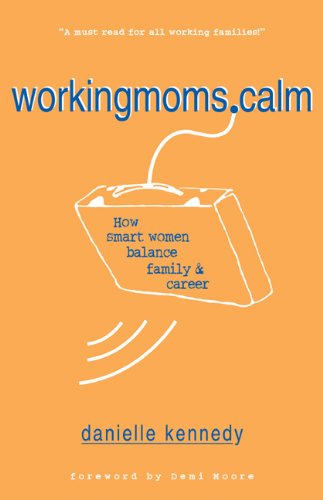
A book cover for WorkingMoms.Calm: How Smart Women Balance Family & Career; Danielle Kennedy; Business & Money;